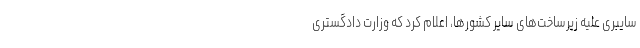
سایبری علیه زیرساخت‌های سایر کشورها، اعلام کرد که وزارت دادگستری